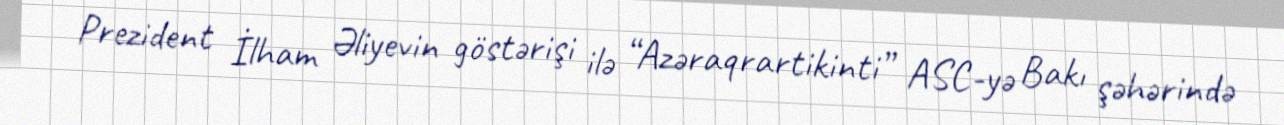
Prezident İlham Əliyevin göstərişi ilə “Azəraqrartikinti” ASC-yə Bakı şəhərində